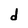
Character: d